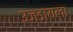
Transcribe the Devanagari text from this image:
उजडायला